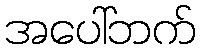
အပေါ်ဘက်